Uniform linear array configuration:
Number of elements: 8
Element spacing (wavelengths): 0.75
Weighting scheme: exponential
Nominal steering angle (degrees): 60
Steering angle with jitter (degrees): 60.633
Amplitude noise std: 0.05
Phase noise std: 0.05

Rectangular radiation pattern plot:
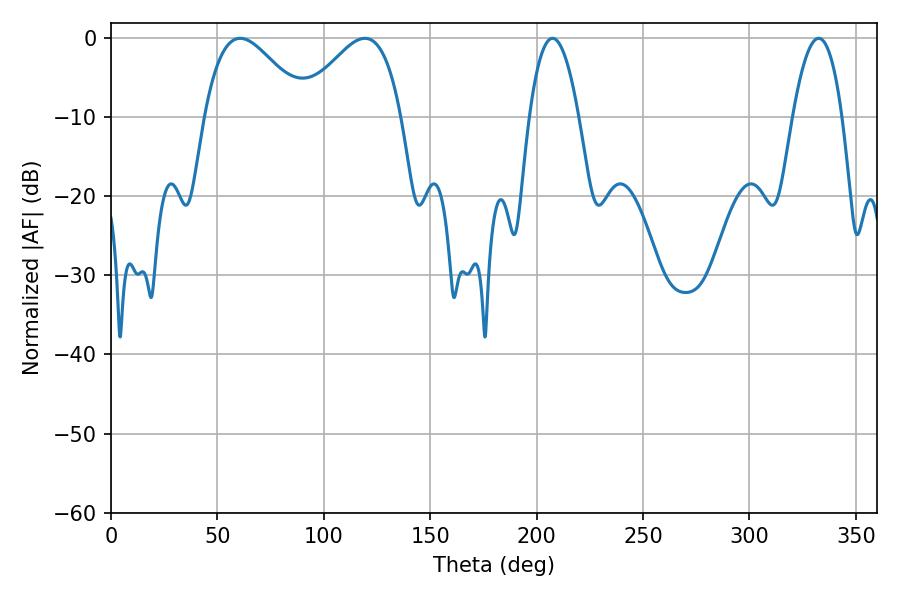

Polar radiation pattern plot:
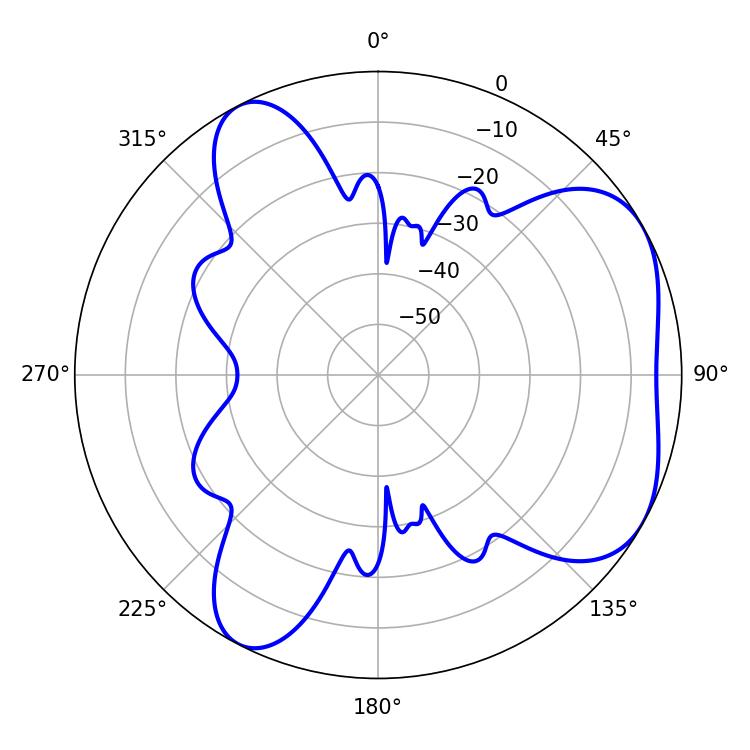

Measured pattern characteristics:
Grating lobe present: TRUE
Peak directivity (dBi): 4.977
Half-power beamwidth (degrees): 25.74
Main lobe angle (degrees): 60.66